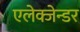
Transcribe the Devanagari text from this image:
एलेक्जेन्डर